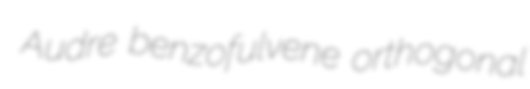
Audre benzofulvene orthogonal